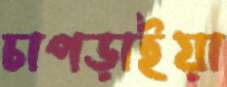
চাপড়াইয়া